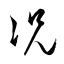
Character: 况